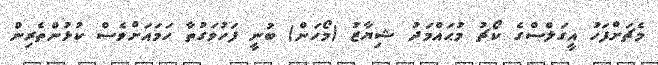
މެޗަށްފަހު އީގަލްސްގެ ކޯޗު މުޙައްމަދު ޝިޔާޒު (މޯހަން) ބުނީ ފަހުވަގުތާ ހަމައަށްވެސް ކުޅުންތެރިން